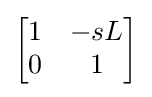
{\begin{bmatrix}1&-sL\\0&1\end{bmatrix}}